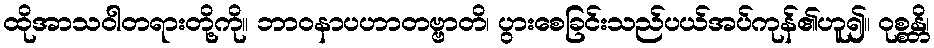
ထိုအာသဝါတရားတို့ကို။ ဘာဝနာပဟာတဗ္ဗာတိ၊ ပွားစေခြင်းသည်ပယ်အပ်ကုန်၏ဟူ၍။ ဝုစ္စန္တိ၊